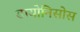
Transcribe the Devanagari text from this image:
डायोनिसोस